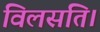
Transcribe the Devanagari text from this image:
विलसति।